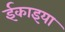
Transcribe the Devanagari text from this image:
ईकाइया